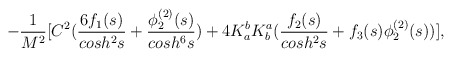
\begin{align*}\;\;\;\;\;\;- \frac{1}{M^2} [ C^2 (\frac{6 f_{1}(s)}{cosh^{2}s} + \frac{\phi^{(2)}_{2}(s)} {cosh^{6}s}) + 4 K^b_a K^a_b (\frac{f_{2}(s)}{cosh^{2}s} + f_{3}(s) \phi^{(2)}_{2}(s)) ],\end{align*}